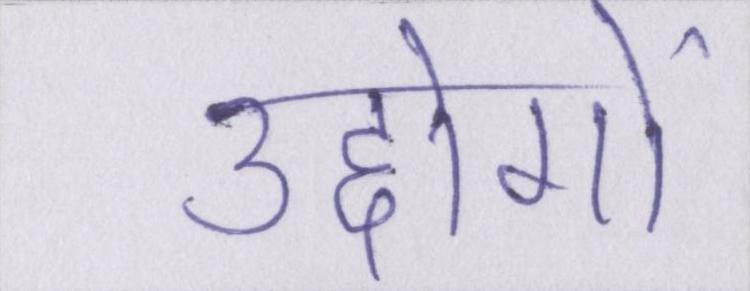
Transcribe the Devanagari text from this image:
उद्दोगों